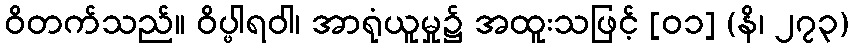
ဝိတက်သည်။ ဝိပ္ဖါရဝါ၊ အာရုံယူမှု၌ အထူးသဖြင့် [၀၁] (နိ၊ ၂၇၃)